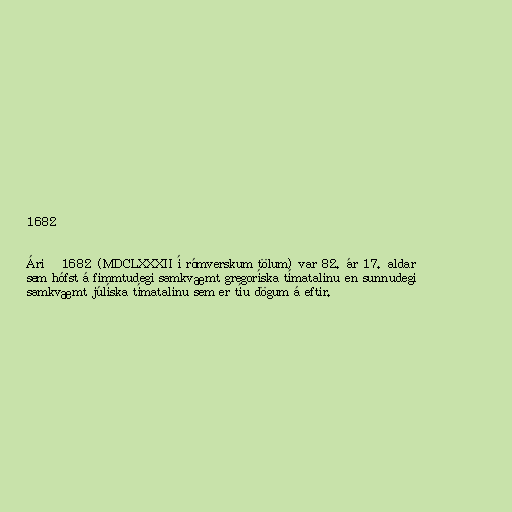
1682

Árið 1682 (MDCLXXXII í rómverskum tölum) var 82. ár 17. aldar
sem hófst á fimmtudegi samkvæmt gregoríska tímatalinu en sunnudegi
samkvæmt júlíska tímatalinu sem er tíu dögum á eftir.